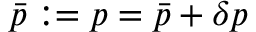
\bar { p } : = p = \bar { p } + \delta p